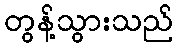
တွန့်သွားသည်